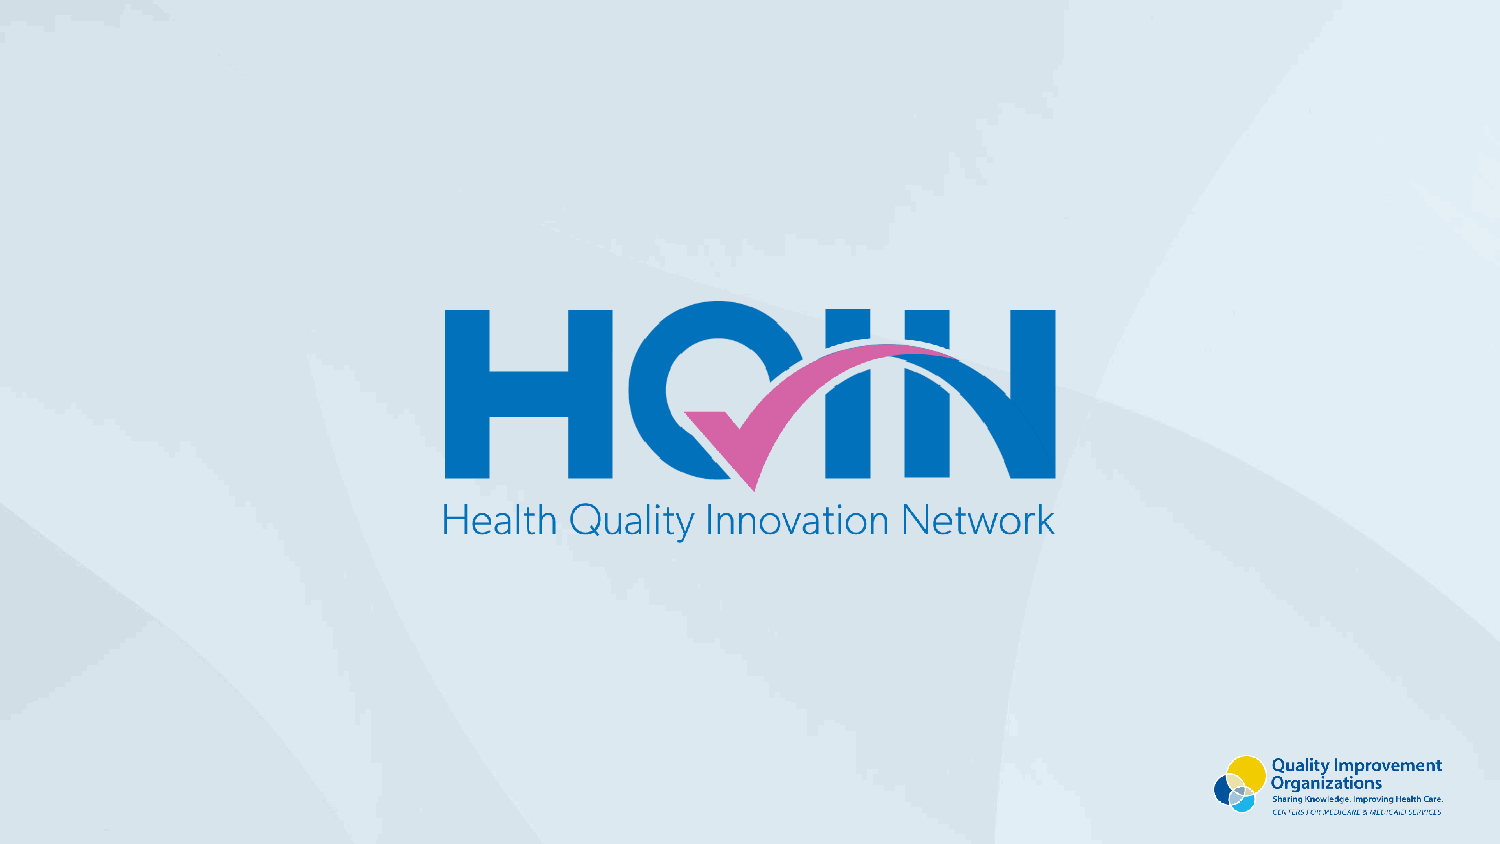
H.Q.I.N.              Title        Slide